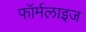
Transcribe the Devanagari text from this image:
फॉर्मलाइज